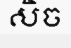
សិច